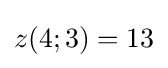
z(4;3)=13